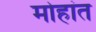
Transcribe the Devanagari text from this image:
मोहांत